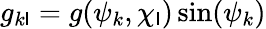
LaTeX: g_{k\mathsf{l}}=g(\psi_{k},\chi_{\mathsf{l}})\sin(\psi_{k})